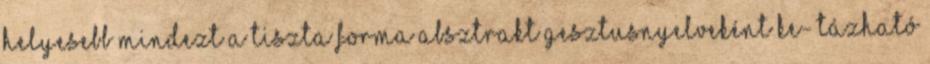
helyesebb mindezt a tiszta forma absztrakt gesztusnyelveként ke- tázható